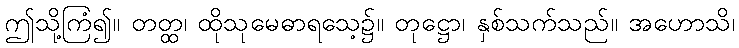
ဤသို့ကြံ၍။ တတ္ထ၊ ထိုသုမေဓာရသေ့၌။ တုဋ္ဌော၊ နှစ်သက်သည်။ အဟောသိ၊